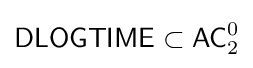
{\mathsf {DLOGTIME}}\subset {\mathsf {AC}}_{2}^{0}